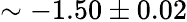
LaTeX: \sim-1.50\pm 0.02